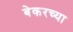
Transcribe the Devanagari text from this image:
बेकरच्या